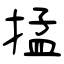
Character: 掹